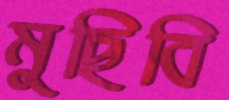
মুছিবি